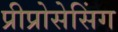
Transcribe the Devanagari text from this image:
प्रीप्रोसेसिंग